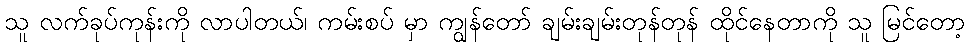
သူ လက်ခုပ်ကုန်းကို လာပါတယ်၊ ကမ်းစပ် မှာ ကျွန်တော် ချမ်းချမ်းတုန်တုန် ထိုင်နေတာကို သူ မြင်တော့